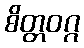
စိတ္တဝဂ္ဂ